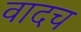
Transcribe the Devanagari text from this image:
वादच